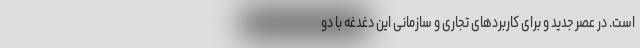
است. در عصر جدید و برای کاربردهای تجاری و سازمانی این دغدغه با دو